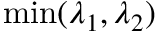
\operatorname* { m i n } ( \lambda _ { 1 } , \lambda _ { 2 } )